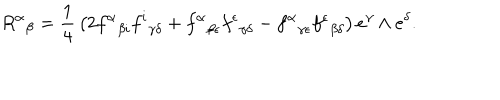
{ R ^ { \alpha } } _ { \beta } = { \frac { 1 } { 4 } } \left( 2 { f ^ { \alpha } } _ { \beta i } { f ^ { i } } _ { \gamma \delta } + { f ^ { \alpha } } _ { \beta \epsilon } { f ^ { \epsilon } } _ { \gamma \delta } - { f ^ { \alpha } } _ { \gamma \epsilon } { f ^ { \epsilon } } _ { \beta \delta } \right) e ^ { \gamma } \wedge e ^ { \delta } .